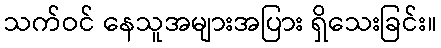
သက်ဝင် နေသူအများအပြား ရှိသေးခြင်း။